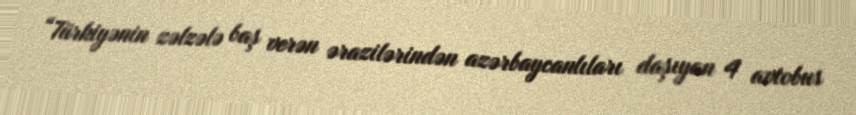
“Türkiyənin zəlzələ baş verən ərazilərindən azərbaycanlıları daşıyan 4 avtobus